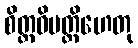
စိတ္တဝိပတ္တိဟေတု